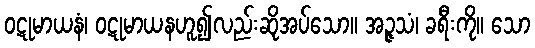
ဝဋုမာယနံ၊ ဝဋုမာယနဟူ၍လည်းဆိုအပ်သော။ အဉ္ဇသံ၊ ခရီးကို။ သော